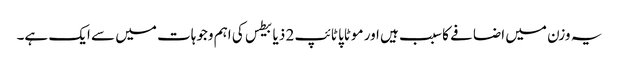
یہ وزن میں اضافے کا سبب ہیں اور موٹاپا ٹائپ 2 ذیابیطس کی اہم وجوہات میں سے ایک ہے۔